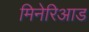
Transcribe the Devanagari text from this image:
मिनेरिआड